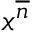
x ^ { \overline { { n } } }